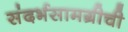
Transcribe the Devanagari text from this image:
संदर्भसामग्रीची